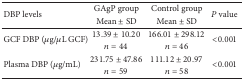
<table><thead><tr><td rowspan="2"><b>DBP levels</b></td><td><b>GAgP group</b></td><td><b>Control group </b></td><td rowspan="2"><b><i>P</i> value</b></td></tr><tr><td><b>Mean ± SD</b></td><td><b>Mean ± SD</b></td></tr></thead><tbody><tr><td rowspan="2">GCF DBP (<i>μ</i>g/<i>μ</i>L GCF)</td><td>13.39 ± 10.20</td><td>166.01 ± 298.12</td><td rowspan="2">&lt;0.001</td></tr><tr><td><i>n</i> = 44</td><td><i>n</i> = 46</td></tr><tr><td rowspan="2">Plasma DBP (<i>μ</i>g/mL)</td><td>231.75 ± 47.86</td><td>111.12 ± 20.97</td><td rowspan="2">&lt;0.001</td></tr><tr><td><i>n</i> = 59</td><td><i>n</i> = 58</td></tr></tbody></table>